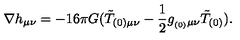
\nabla h _ { \mu \nu } = - 1 6 \pi G ( \tilde { T } _ { ( 0 ) \mu \nu } - \frac { 1 } { 2 } g _ { _ { ( 0 ) } \mu \nu } \tilde { T } _ { ( 0 ) } ) .